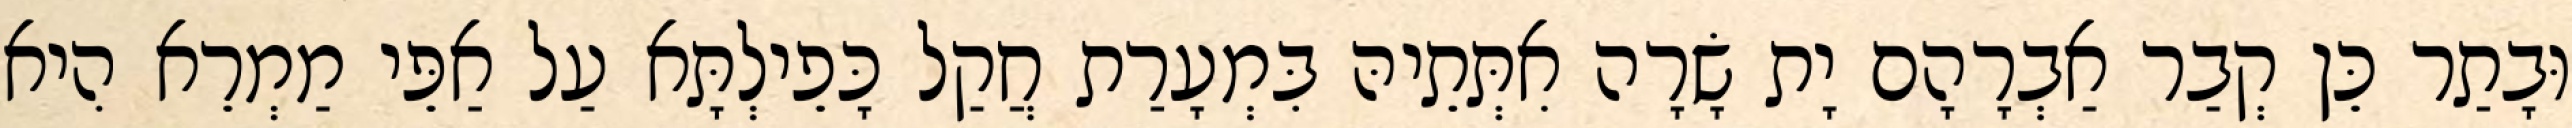
וּבָתַר כֵּן קְבַר אַבְרָהָם יָת שָׂרָה אִתְּתֵיהּ בִּמְעָרַת חֲקַל כָּפֵילְתָּא עַל אַפֵּי מַמְרֵא הִיא